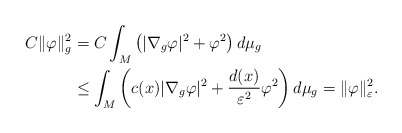
\begin{align*}C\Vert\varphi\Vert_{g}^{2} & =C\int_{M}\left( |\nabla_{g}\varphi|^{2}+\varphi^{2}\right) d\mu_{g}\\& \leq\int_{M}\left( c(x)|\nabla_{g}\varphi|^{2}+\frac{d(x)}{\varepsilon^{2}}\varphi^{2}\right) d\mu_{g}=\Vert\varphi\Vert_{\varepsilon}^{2}.\end{align*}